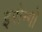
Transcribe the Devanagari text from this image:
इरोन्गो